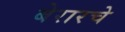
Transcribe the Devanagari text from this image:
बेरारचे